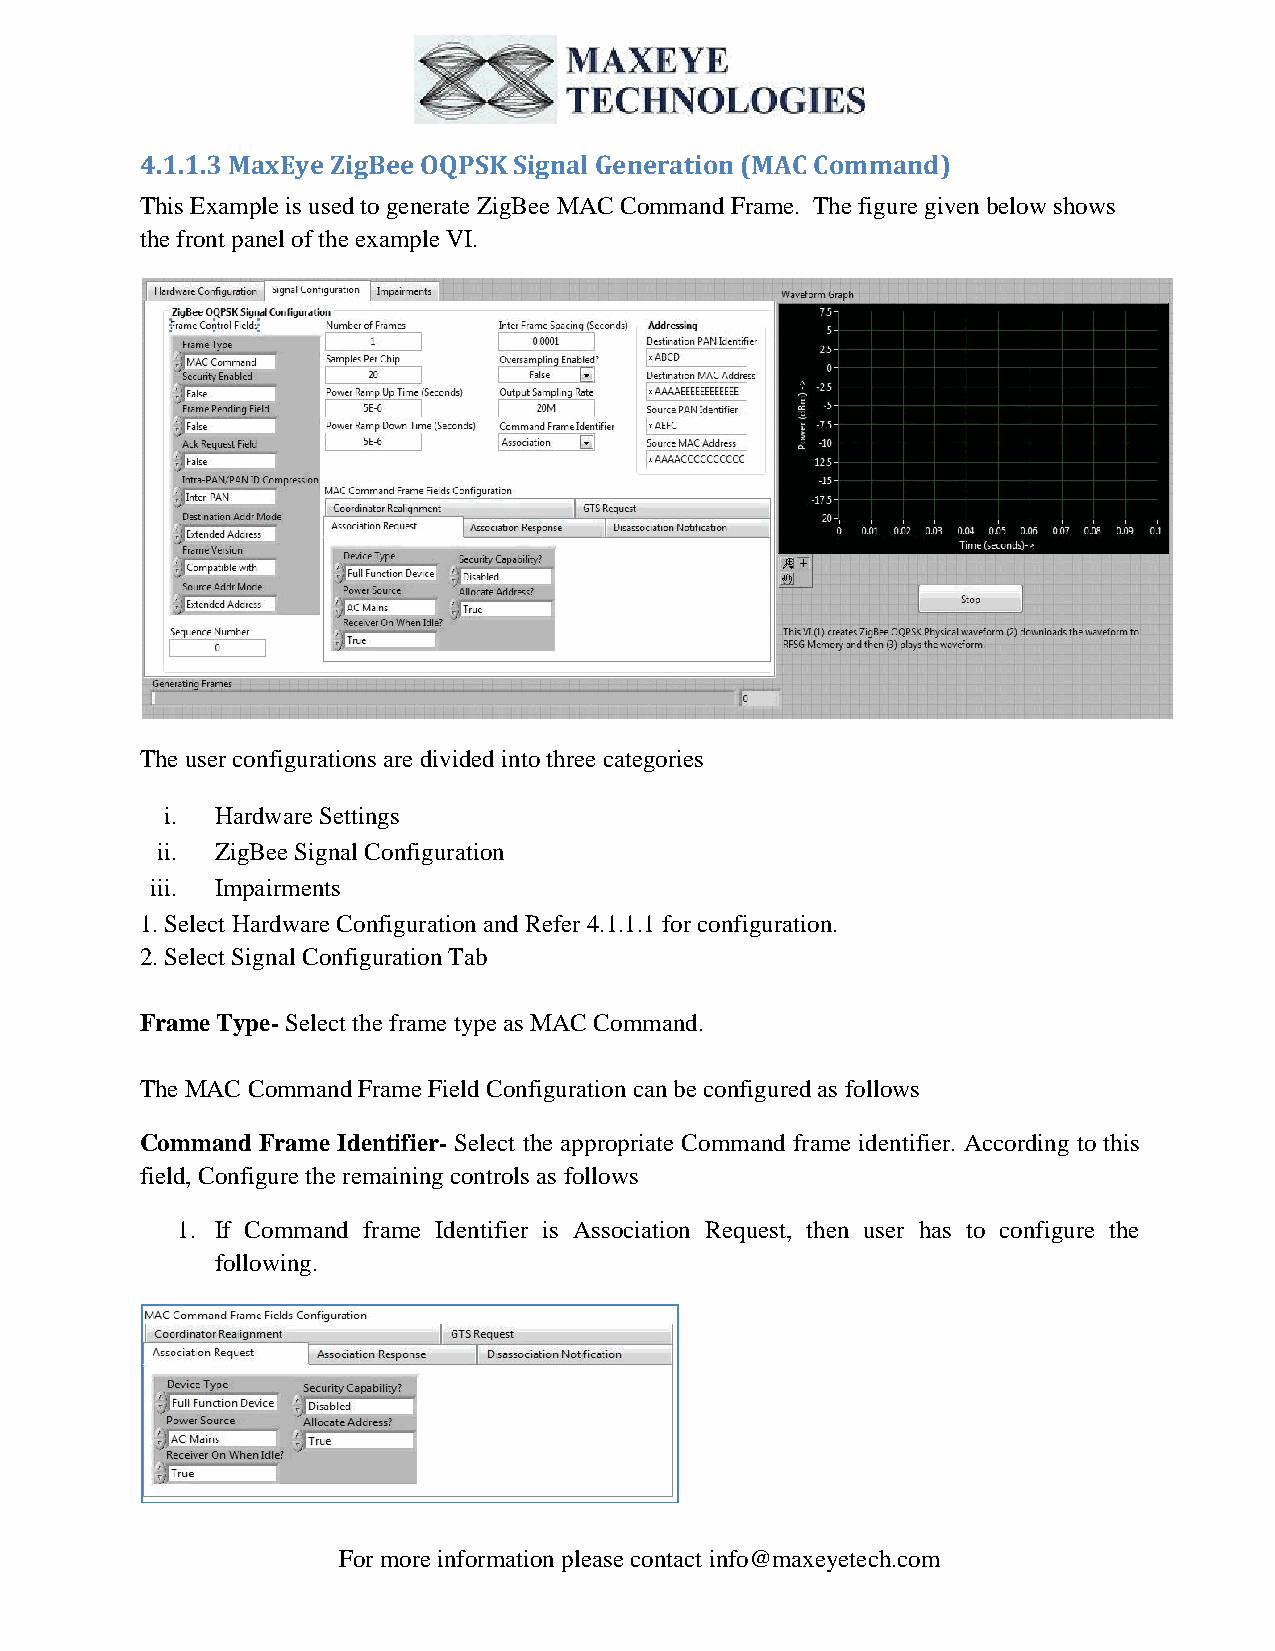
4.1.1.3 MaxEye ZigBee OQPSK Signal Generation (MAC Command)
 This Example is used to generate ZigBee MAC Command Frame. The figure given below shows
 the front panel of the example VI.
 The user configurations are divided into three categories
 i. Hardware Settings
 ii. ZigBee Signal Configuration
 iii. Impairments
 1. Select Hardware Configuration and Refer 4.1.1.1 for configuration.
 2. Select Signal Configuration Tab
 Frame Type- Select the frame type as MAC Command.
 The MAC Command Frame Field Configuration can be configured as follows
 Command Frame Identifier- Select the appropriate Command frame identifier. According to this
 field, Configure the remaining controls as follows
 1. If Command frame Identifier is Association Request, then user has to configure the
 following.
 For more information please contact info@maxeyetech.com